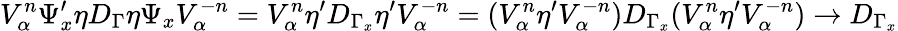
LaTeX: V_{\alpha}^{n}\Psi_{x}^{\prime}\eta D_{\Gamma}\eta\Psi_{x}V_{\alpha}^{-n}=V_{\alpha}^{n}\eta^{\prime}D_{\Gamma_{x}}\eta^{\prime}V_{\alpha}^{-n}=(V_{\alpha}^{n}\eta^{\prime}V_{\alpha}^{-n})D_{\Gamma_{x}}(V_{\alpha}^{n}\eta^{\prime}V_{\alpha}^{-n})\to D_{\Gamma_{x}}